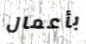
بأعمال